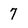
Character: 7